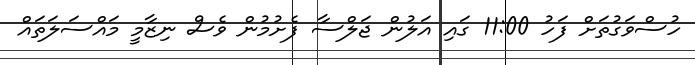
ހުސްވަގުތަށް ފަހު 11:00 ގައި އަލުން ޖަލްސާ ފެށުމުން ވެސް ނިޒާމީ މައްސަލަތައް